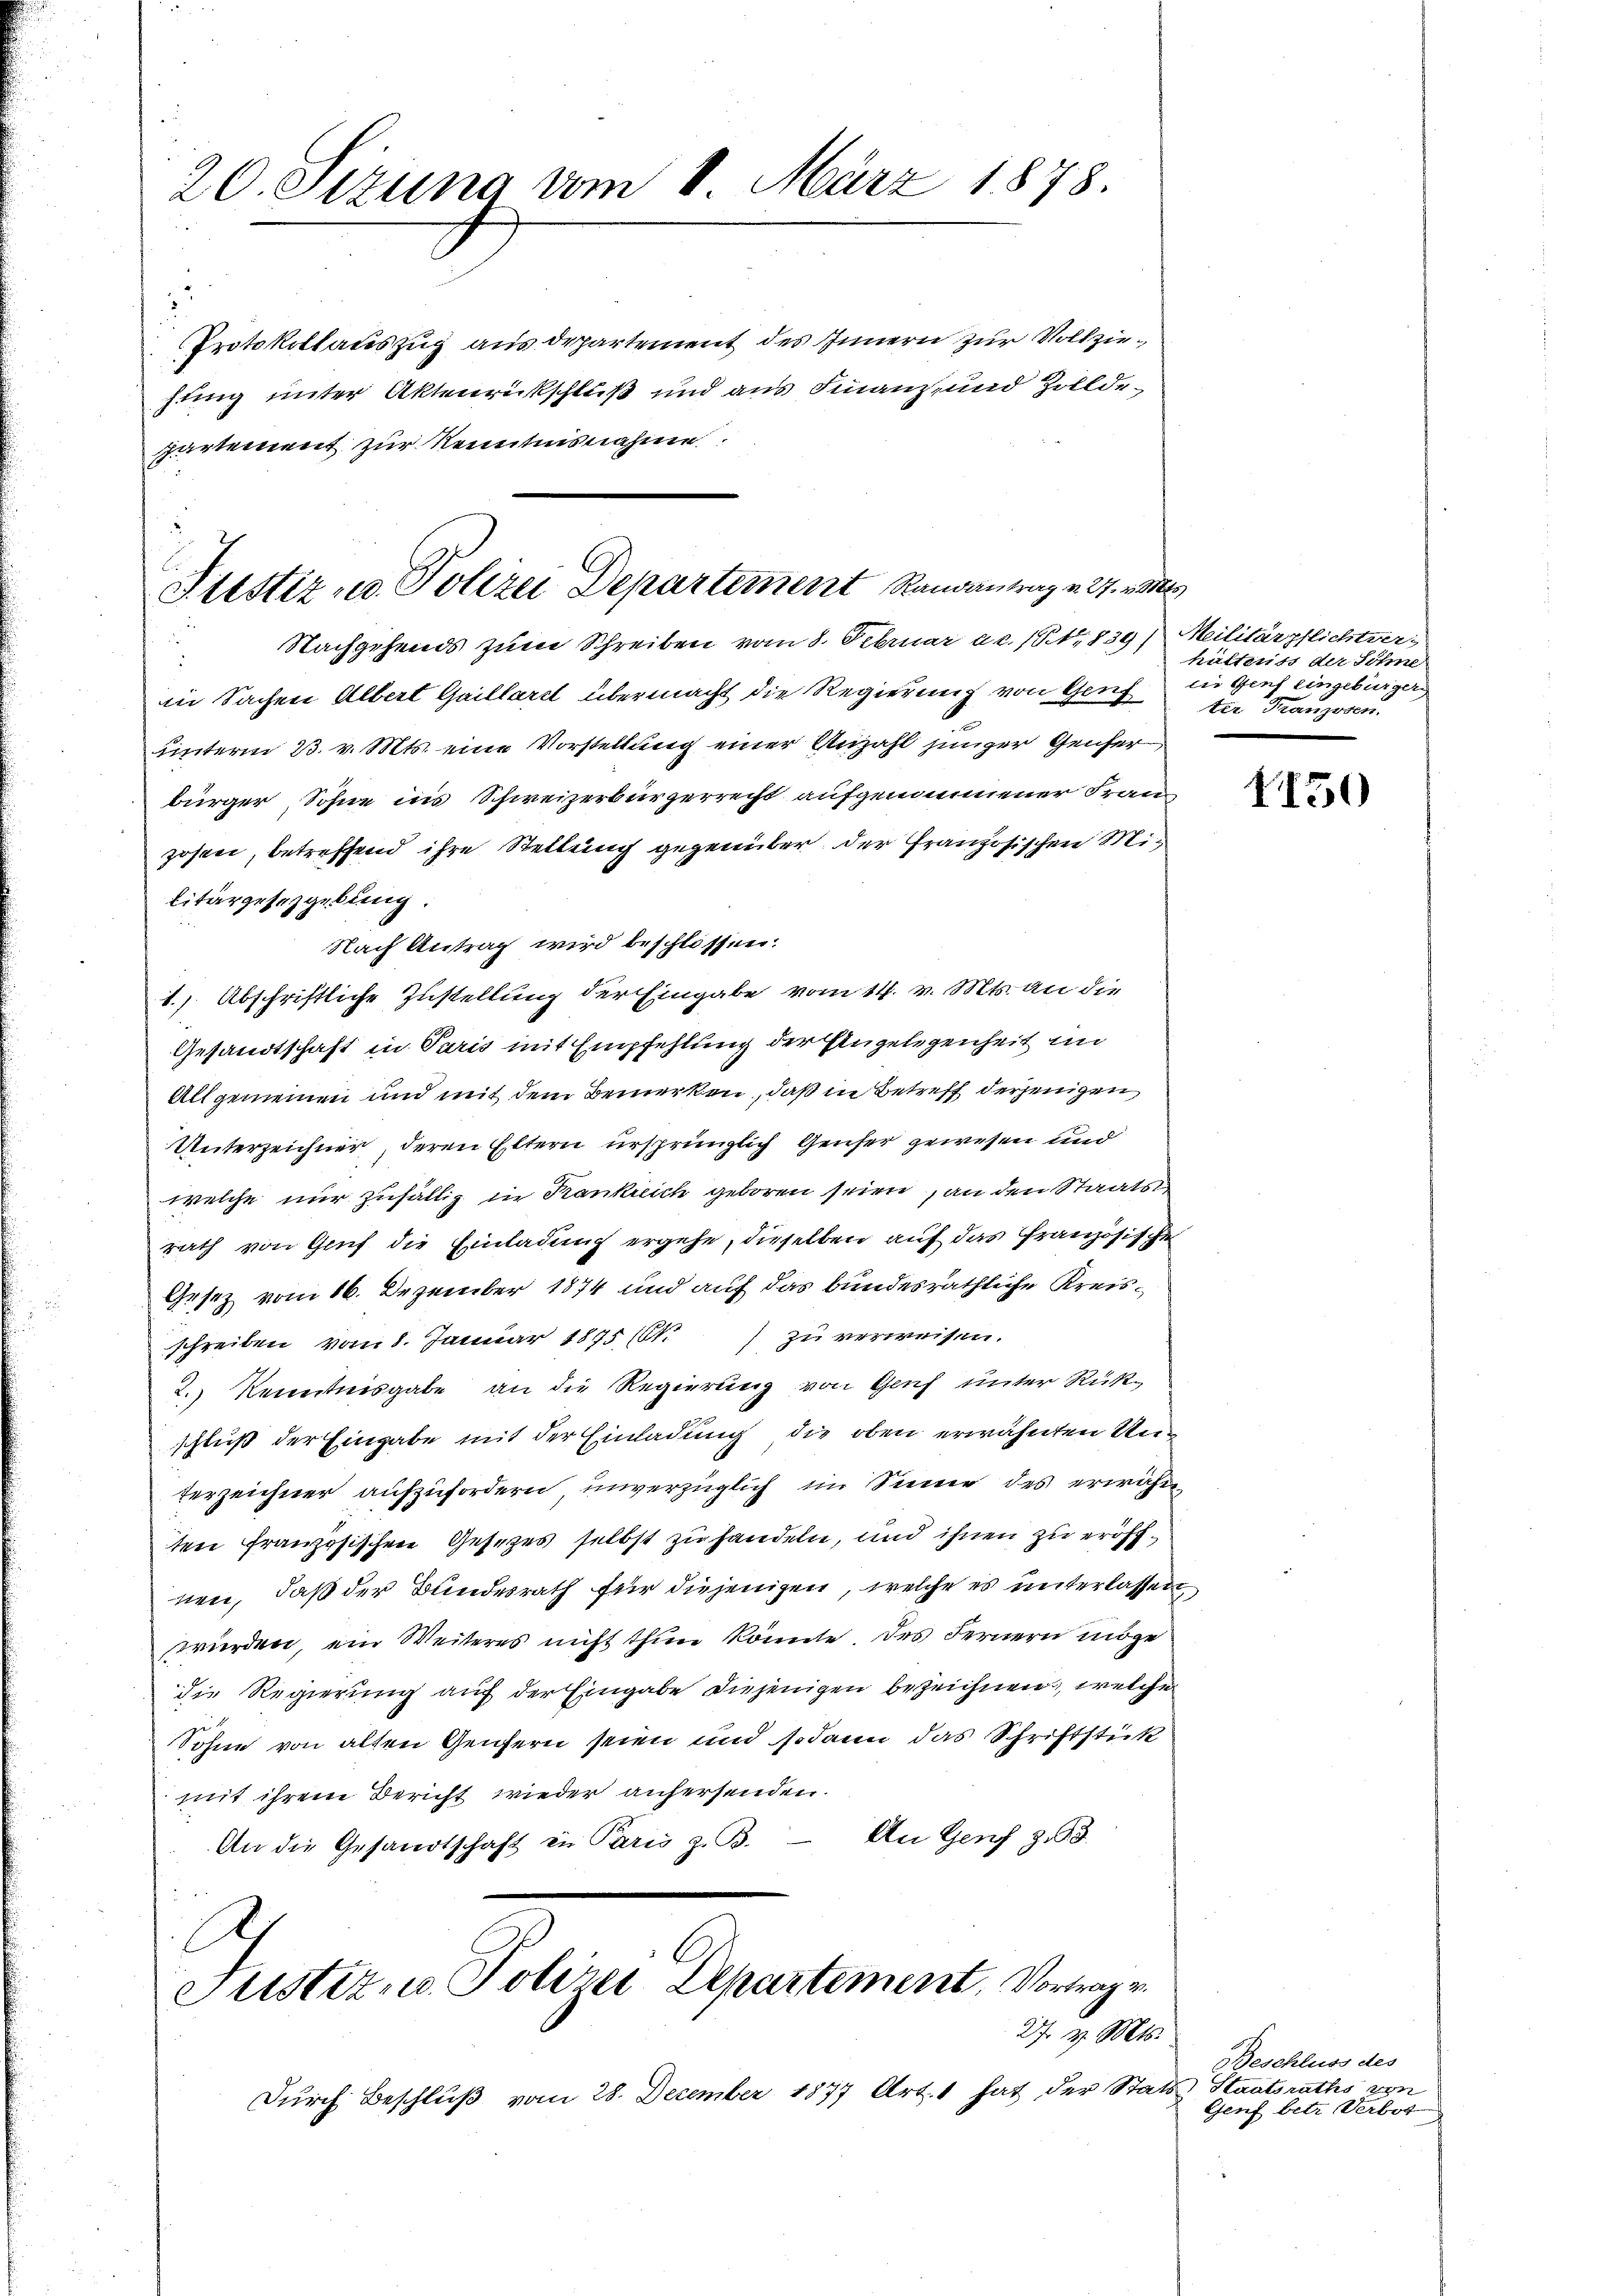
20. Sizung vom 1. März 1878.

22
Protokollauszug aus departement des Innern zur Vollziefung unter Aktenrückschluß und aus Finanz- und Zolldepartement zur Kenntnisnahme

Plustiz u. Polizei Departement Randantrag u. v
Nachgehends zum Schreiben vom 8. Februar ac. 1839, Militärpflichtvers

in Sachen Albert Guillarst übermacht die Regierung von Genf in Genf eingebürger
unterm 23. v. Mts. eine Vorstellung einer Anzahl junger Genfer
bürger Sohne ins Schweizerbürgerrecht aufgenommener Franzosei, betreffend ihre Stellung gegenüber der Französischen Militärgesetzgebung.
Nach Antrag wird beschlossen.
1.) Abschriftliche Zustellung der Eingabe vom 14. v. Mts. an die
Gesandtschaft in Paris mit Empfehlung der Angelegenheit in
Allgemeinen und mit dem Bemerken, daß in Betreff derjenigen
Unterzeichner, deren Eltern ursprünglich Genfer gewesen und
welche nur zufällig in Krankreich geboren seien, an den Staats,
rath von Genf die Einladung ergehe, dieselben auf das Französische
Gesetz vom 16. Dezember 1874 und auf das bundesräthliche Kreisschreiben vom 8. Januar 1875 (N.) zu verweisen.
2.) Kenntnisgabe an die Regierung von Genf unter Russchluß der Eingabe mit der Einladung die oben erwähnten Unterzeichner aufzufordern unverzüglich im Sinne des erwähnten französischen Gesezes selbst zu handeln, und ihnen zu eröffnen, daß der Bundesrath für diejenigen, welche es unterlassen
würden, ein Weiteres nicht thun könnte. Des Fernern möge
die Regierung auf der Eingabe diejenigen bezeichnen, welcher
Sohne von alten Genfern seien und sodann das Schriftstück
mit ihrem Bericht wieder anfersenden.
An Genf z. B.
An die Gesandtschaft in Paris z. B.
Justizio Polizei Departement, Vortrage
27. v. Mts.
Durch Beschluß vom 28. Dezember 1877 Art. 1 hat der Stats

1
hültens der Söhne
ter Franzosen.

1150

Beschluss des
Staatsraths von
Genf betr. Verbot